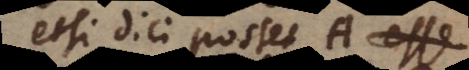
etsi dici posset A esse